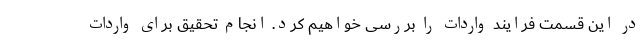
در این قسمت فرایند واردات را بررسی خواهیم کرد. انجام تحقیق برای واردات